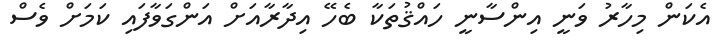
އެކަން މިހާރު ވަނީ އިންސާނީ ހައްޤުތަކާ ބެހޭ އިދާރާއަށް އަންގަވާފައި ކަމަށް ވެސް